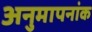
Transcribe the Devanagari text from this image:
अनुमापनांक